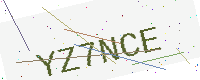
Text: YZ7NCE